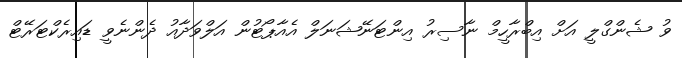
ވު ޝެންގްލީ އަށް އިބްރާހީމް ނާސިރު އިންޓަނޭޝަނަލް އެއާޕޯޓުން އަލްވަދާއު ދެންނެވީ ޑައިރެކްޓަރޭޓް